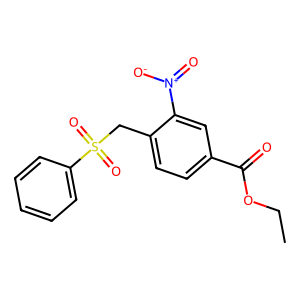
SMILES: CCOC(=O)c1ccc(CS(=O)(=O)c2ccccc2)c([N+](=O)[O-])c1
Inhibits HIV replication: No